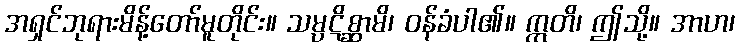
အရှင်ဘုရားမိန့်တော်မူတိုင်း။ သမ္ပဋိစ္ဆာမိ၊ ဝန်ခံပါ၏။ ဣတိ၊ ဤသို့။ အာဟ၊